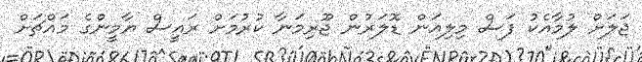
ޖަލަށް ލުމާއެކު ފަސް މިލިއަން ޑޮލަރުން ޖޫރިމަނާ ކުރުމަށް ރައީސް ޔާމީންގެ މައްޗަށް